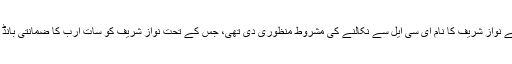
پاکستان کی کابینہ کی ذیلی کمیٹی نے نواز شریف کا نام ای سی ایل سے نکالنے کی مشروط منظوری دی تھی، جس کے تحت نواز شریف کو سات ارب کا ضمانتی بانڈ جمع کرانے کی ہدایت کی گئی تھی۔